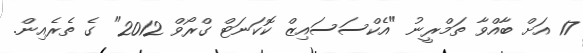
17 އަށް ބާއްވާ ތަމްރީނު "އެކްސަސައިޒް ކޮކަނަޓް ގްރޯވް 2012" ގެ ތެރެއިން.